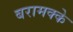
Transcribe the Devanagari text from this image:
बरामक्के